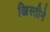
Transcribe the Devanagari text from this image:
ख्रिस्तीने